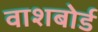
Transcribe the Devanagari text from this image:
वाशबोर्ड